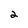
Character: 2